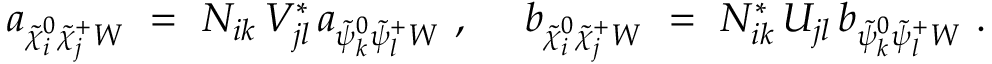
a _ { \tilde { \chi } _ { i } ^ { 0 } \tilde { \chi } _ { j } ^ { + } W } \ = \ N _ { i k } \, V _ { j l } ^ { * } \, a _ { \tilde { \psi } _ { k } ^ { 0 } \tilde { \psi } _ { l } ^ { + } W } ~ , ~ ~ ~ ~ b _ { \tilde { \chi } _ { i } ^ { 0 } \tilde { \chi } _ { j } ^ { + } W } \ = \ N _ { i k } ^ { * } \, U _ { j l } \, b _ { \tilde { \psi } _ { k } ^ { 0 } \tilde { \psi } _ { l } ^ { + } W } ~ .